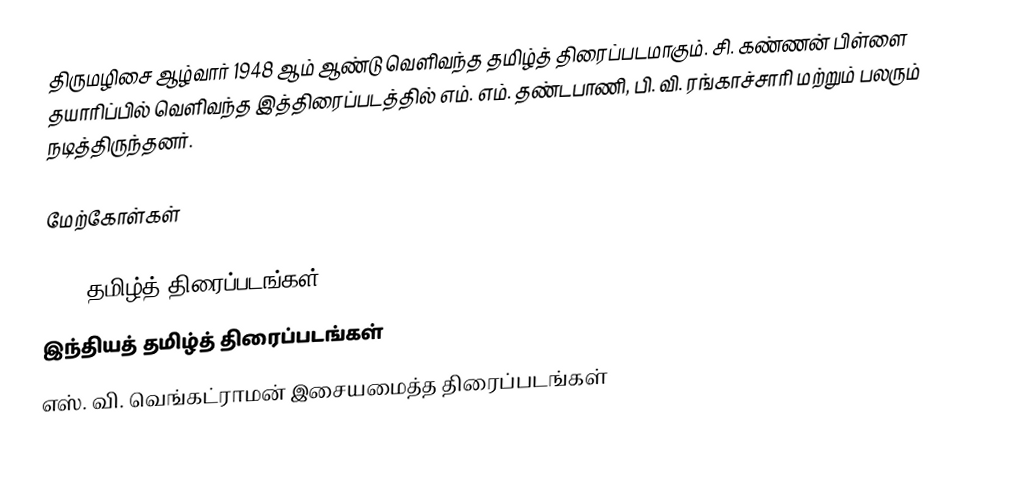
திருமழிசை ஆழ்வார் 1948 ஆம் ஆண்டு வெளிவந்த தமிழ்த் திரைப்படமாகும். சி. கண்ணன் பிள்ளை தயாரிப்பில் வெளிவந்த இத்திரைப்படத்தில் எம். எம். தண்டபாணி, பி. வி. ரங்காச்சாரி மற்றும் பலரும் நடித்திருந்தனர்.

மேற்கோள்கள்

1948 தமிழ்த் திரைப்படங்கள்
இந்தியத் தமிழ்த் திரைப்படங்கள்
எஸ். வி. வெங்கட்ராமன் இசையமைத்த திரைப்படங்கள்